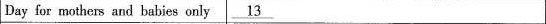
Day for mothers and babies only ___